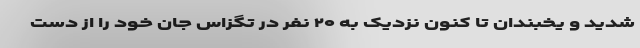
شدید و یخبندان تا کنون نزدیک به ۲۰ نفر در تگزاس جان خود را از دست